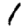
Digit: 1